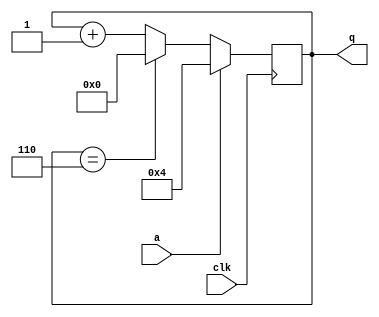
module top_module (
    input clk,
    input a,
    output [3:0] q );
reg [3:0] q_reg;

always @(posedge clk)begin
    if(a)begin
        q_reg <= 4'd4;
    end
    else if(q_reg == 4'd6) begin
        q_reg <= 4'b0;
    end
    else begin
        q_reg <= q_reg + 1'b1;
    end
end

assign q = q_reg;
endmodule